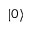
\vert 0 \rangle